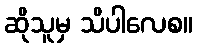
ဆိုသူမှ သိပါလေစ။